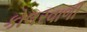
કોલરવાળી